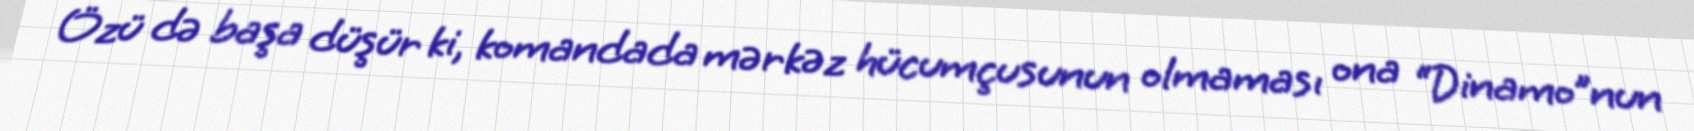
Özü də başa düşür ki, komandada mərkəz hücumçusunun olmaması ona “Dinamo”nun